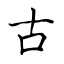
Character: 古